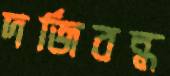
দর্জিবন্ধ